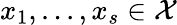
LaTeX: x_{1},...,x_{s}\in\mathcal{X}